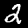
Label: 2